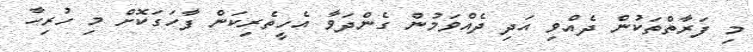
މި ފަރާތްތަކުން ދެއްވި އަދި ދެއްވަމުން ގެންދަވާ އެހީތެރިކަން ފާހަގަކޮށް މި ހުރިހާ